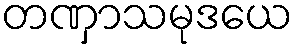
တဏှာသမုဒယေ